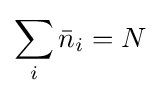
\sum _{i}{\bar {n}}_{i}=N